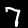
Digit: 7